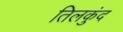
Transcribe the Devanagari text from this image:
तिलकुंद